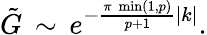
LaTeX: \displaystyle\tilde{G}\, \sim\, e^{-\frac{\pi\, \operatorname*{min}(1,p)}{p+1}|k|}.